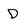
Character: d